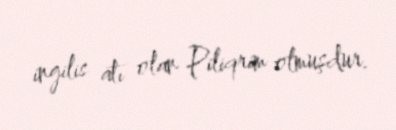
ingilis atı olan Piliqrim olmuşdur.